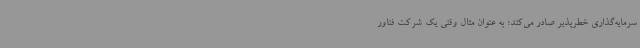
سرمایه‌گذاری خطرپذیر صادر می‌کند؛ به عنوان مثال وقتی یک شرکت فناور